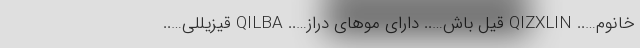
خانوم….. QIZXLIN قیل باش….. دارای موهای دراز….. QILBA قیزیللی…..